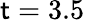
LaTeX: \mathsf{t}=3.5